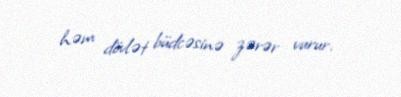
həm dövlət büdcəsinə zərər vurur.